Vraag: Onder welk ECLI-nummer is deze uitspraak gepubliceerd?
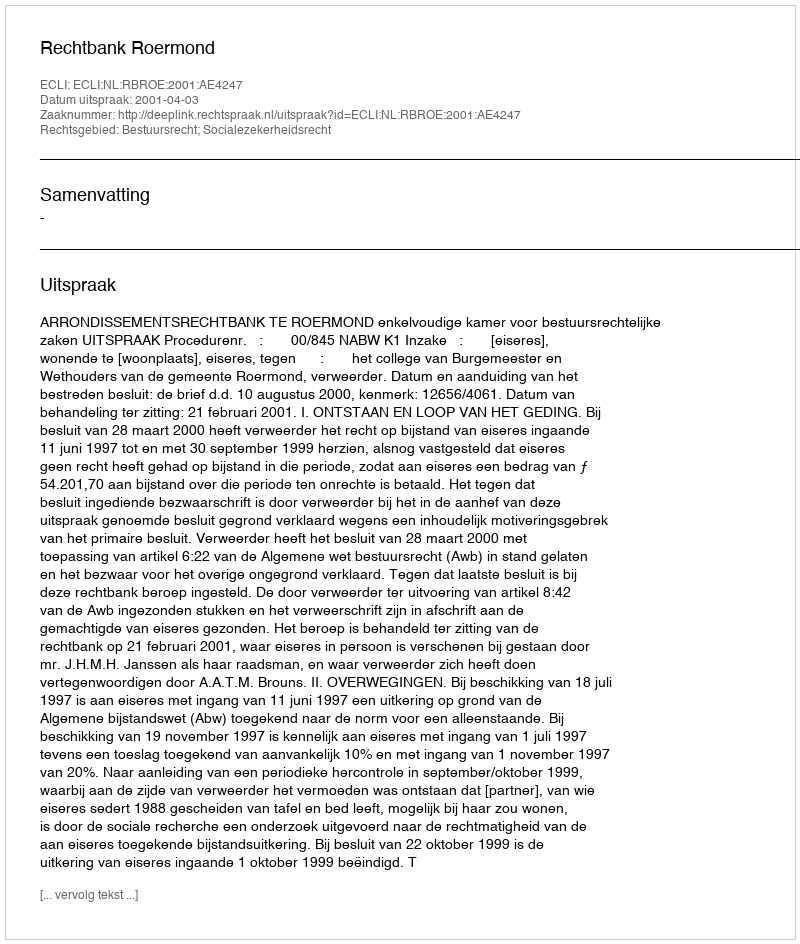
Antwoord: ECLI:NL:RBROE:2001:AE4247